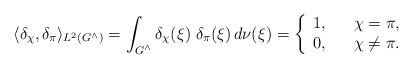
\begin{align*} \langle \delta_\chi, \delta_\pi \rangle_{L^2(G^\wedge)} = \int_{G^\wedge} \delta_\chi(\xi) \; \delta_\pi(\xi) \, d\nu(\xi)= \left\{\begin{array}{ccl}1, & & \chi = \pi, \\0, & & \chi \not= \pi.\end{array} \right.\end{align*}